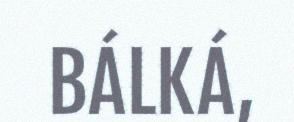
BÁLKÁ,